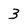
Character: 3